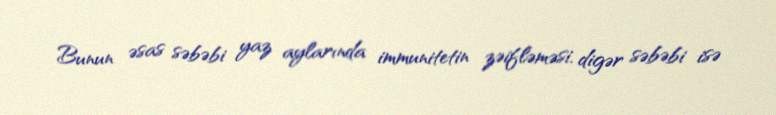
Bunun əsas səbəbi yaz aylarında immunitetin zəifləməsi, digər səbəbi isə